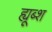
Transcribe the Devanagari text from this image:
ह्यूब्श